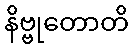
နိဗ္ဗုတောတိ